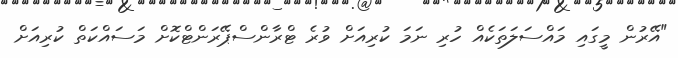
"އޭރުން މީގައި މައްސަލަތަކެއް ހުރި ނަމަ ކުރިއަށް ވުރެ ޓްރާންސްޕޭރަންޓްކޮށް މަސައްކަތް ކުރިއަށް